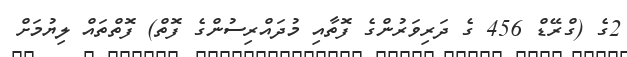
2ގެ (ގްރޭޑް 456 ގެ ދަރިވަރުންގެ ފޮތާއި މުދައްރިސުންގެ ފޮތް) ފޮތްތައް ލިޔުމަށް